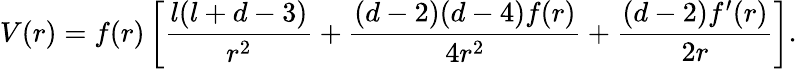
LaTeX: V(r)=f(r)\left[\frac{l(l+d-3)}{r^{2}}+\frac{(d-2)(d-4)f(r)}{4r^{2}}+\frac{(d-2)f^{\prime}(r)}{2r}\right].